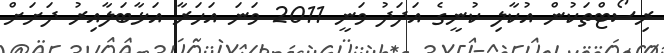
ރިސޯޓްތަކުން އުކާލި ކުނީގެ އަދަދު ވަނީ 2011 ވަނަ އަހަރާ އަޅާބަލާއިރު ދަށަށް